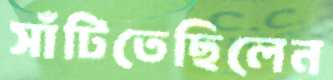
সাঁটিতেছিলেন